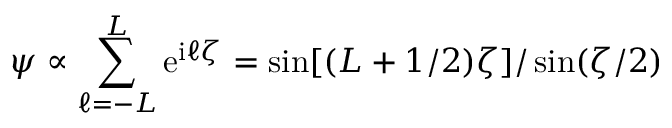
\psi \propto \sum _ { \ell = - L } ^ { L } \mathrm { e } ^ { \mathrm { i } \ell \zeta } = \sin [ ( L + 1 / 2 ) \zeta ] / \sin ( \zeta / 2 )